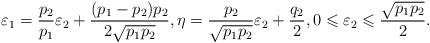
LaTeX: \begin{align*}\varepsilon_1=\frac{p_2}{p_1}\varepsilon_2+\frac{(p_1-p_2)p_2}{2\sqrt{p_1p_2}}, \eta=\frac{p_2}{\sqrt{p_1p_2}}\varepsilon_2+\frac{q_2}{2}, 0\leqslant\varepsilon_2\leqslant\frac{\sqrt{p_1p_2}}{2}.\end{align*}